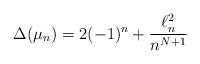
\begin{align*}\Delta(\mu_n)= 2(-1)^n+ \frac{\ell^2_n}{n^{N+1}}\end{align*}